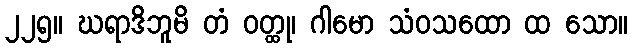
၂၂၅။ ဃရာဒိဘူမိ တံ ဝတ္ထု၊ ဂါမော သံဝသထော ထ သော။